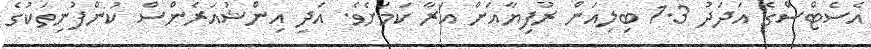
އެސެޓްސްގެ އަދަދު 1.3 ބިލިއަން ރުފިޔާއަށް އަރާ ކަމަށެވެ. އަދި އިންޝުއަރެންސް ކުންފުނިތަކުގެ